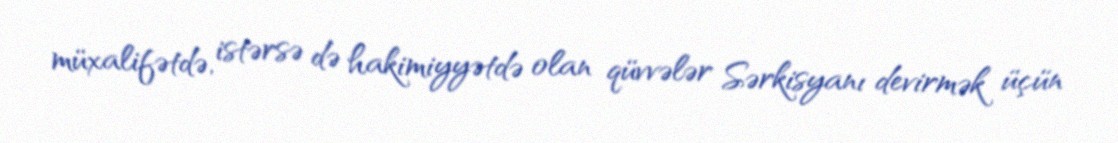
müxalifətdə, istərsə də hakimiyyətdə olan qüvvələr Sərkisyanı devirmək üçün